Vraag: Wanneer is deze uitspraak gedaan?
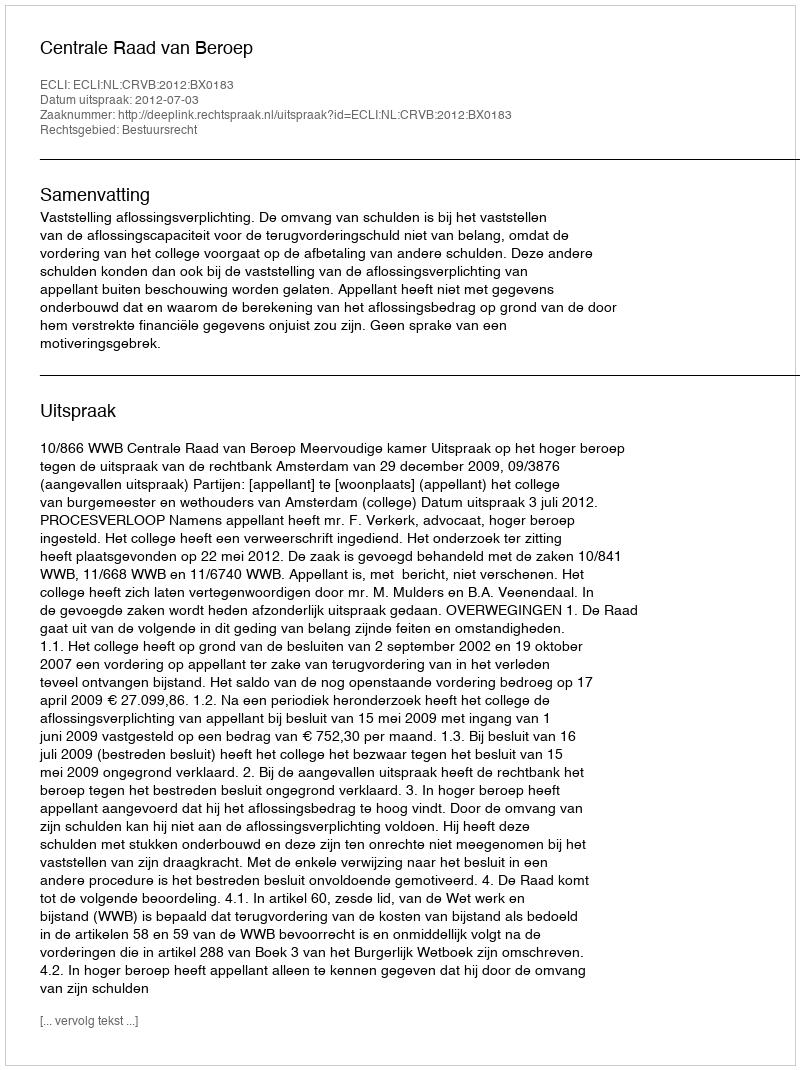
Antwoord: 2012-07-03